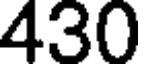
430